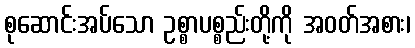
စုဆောင်းအပ်သော ဥစ္စာပစ္စည်းတို့ကို အဝတ်အစား၊